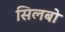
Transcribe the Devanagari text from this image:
सिलबो